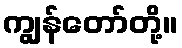
ကျွန်တော်တို့။